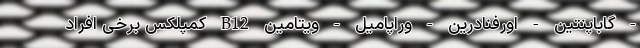
- گاباپنتین - اورفنادرین - وراپامیل - ویتامین B12 کمپلکس برخی افراد